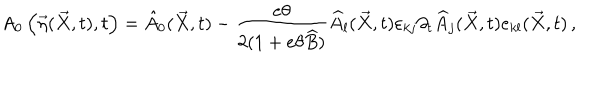
A _ { 0 } \left( \overrightarrow { \eta } ( \overrightarrow { X } , t ) , t \right) = \hat { A } _ { 0 } ( \overrightarrow { X } , t ) - \frac { e \theta } { 2 ( 1 + e \theta \widehat { B } ) } \widehat { A } _ { l } ( \overrightarrow { X } , t ) \varepsilon _ { k j } \partial _ { t } \widehat { A } _ { j } ( \overrightarrow { X } , t ) e _ { k l } ( \overrightarrow { X } , t ) \, ,